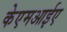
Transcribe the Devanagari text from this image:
केएमआईए